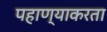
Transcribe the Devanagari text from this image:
पहाण्याकरता